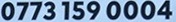
0773 159 0004